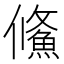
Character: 鯈